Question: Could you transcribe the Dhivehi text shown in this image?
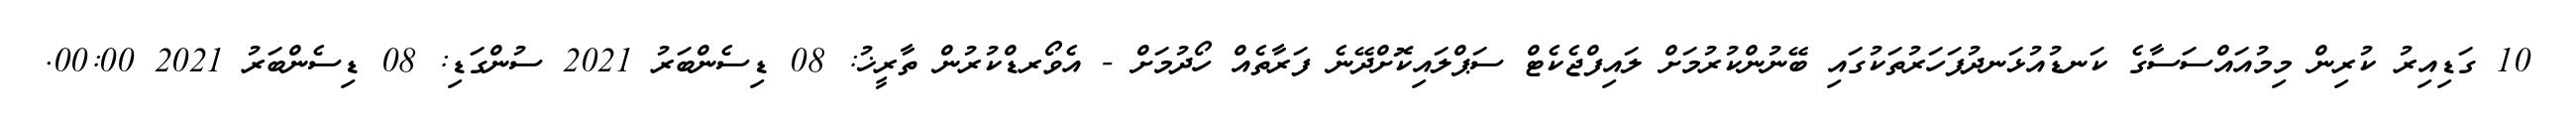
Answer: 10 ގަޑިއިރު ކުރިން މިމުއައްސަސާގެ ކަނޑުއުޅަނދުފަހަރުތަކުގައި ބޭނުންކުރުމަށް ލައިފްޖެކެޓް ސަޕްލައިކޮށްދޭނެ ފަރާތެއް ހޯދުމަށް - އެވޯރޑްކުރުން ތާރީޚު: 08 ޑިސެންބަރު 2021 ސުންގަޑި: 08 ޑިސެންބަރު 2021 00:00.